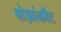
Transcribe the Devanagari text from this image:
बोझांकीट